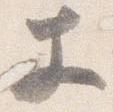
丈